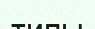
типы